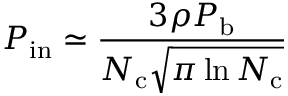
P _ { \mathrm { i n } } \simeq \frac { 3 \rho P _ { \mathrm { b } } } { N _ { \mathrm { c } } \sqrt { \pi \ln { N _ { \mathrm { c } } } } }